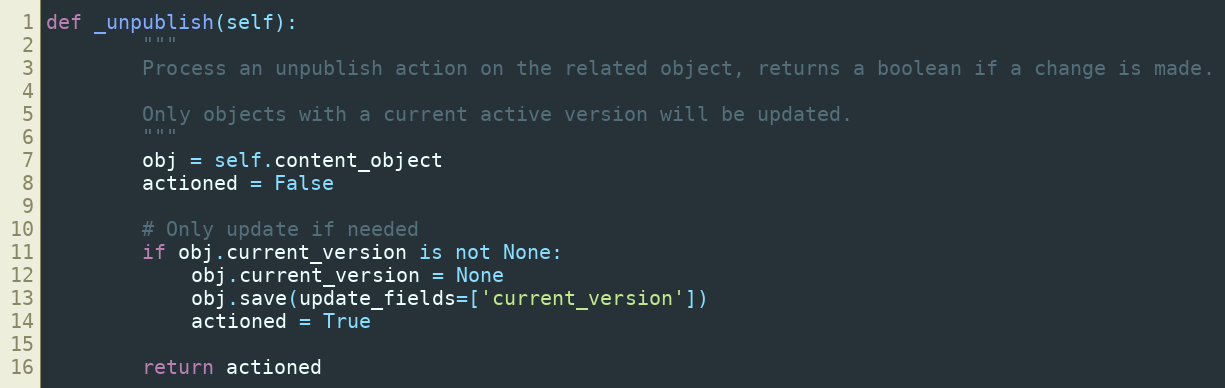
Language: Python
def _unpublish(self):
        """
        Process an unpublish action on the related object, returns a boolean if a change is made.

        Only objects with a current active version will be updated.
        """
        obj = self.content_object
        actioned = False

        # Only update if needed
        if obj.current_version is not None:
            obj.current_version = None
            obj.save(update_fields=['current_version'])
            actioned = True

        return actioned